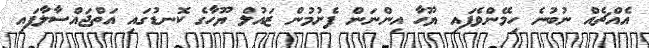
އެއްޗެއް ނުބުނެ ހިމޭންވެފައި ޔޫހާ އިންނަން ފެށުމުން ޒައުލް ޔޫހާގެ ކޮނޑުގައި އަތްޖައްސާލާފައި